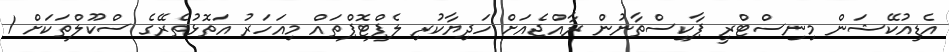
އެޑިއުކޭޝަން މިނިސްޓްރީ ޕާކިސްތާނުން ރާއްޖެއަށް ހަދިޔާކުރި ލެޕްޓޮޕްތައް މިއަހަރު އަތޮޅުތެރޭގެ ސްކޫލްތަކަށް 1